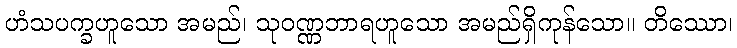
ဟံသပက္ခဟူသော အမည်၊ သုဝဏ္ဏဘာရဟူသော အမည်ရှိကုန်သော။ တိဿော၊